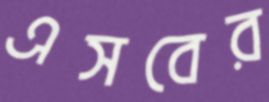
এসবের